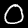
Digit: 0